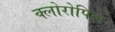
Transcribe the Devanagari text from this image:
क्लोरोपिल